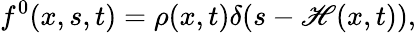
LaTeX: f^{0}(x,s,t)=\rho(x,t)\delta(s-\mathscr{H}(x,t)),